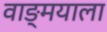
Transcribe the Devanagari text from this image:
वाङ्‌मयाला